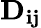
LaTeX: \mathbf{D_{ij}}